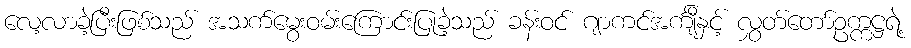
လေ့လာခဲ့ပြီးဖြစ်သည် အသက်မွေးဝမ်းကြောင်းပြုခဲ့သည် ခန်းဝင် ဂျာကင်အင်္ကျီနှင့် လွှတ်တော်ဥက္ကဋ္ဌရဲ့